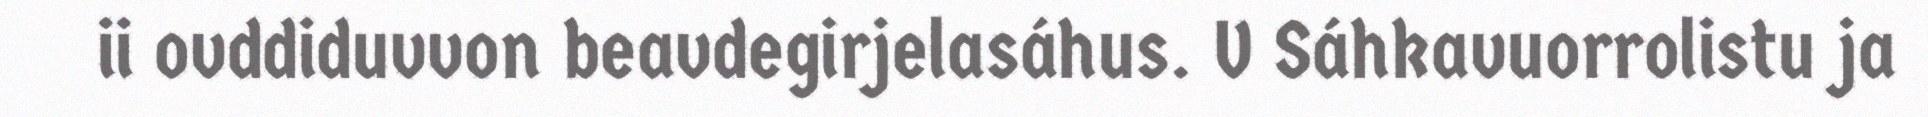
ii ovddiduvvon beavdegirjelasáhus. V Sáhkavuorrolistu ja